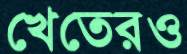
খেতেরও